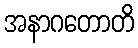
အနာဂတောတိ